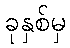
ခုနှစ်မှ